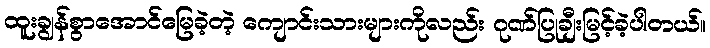
ထူးချွန်စွာအောင်မြေခဲ့တဲ့ ကျောင်းသားများကိုလည်း ဂုဏ်ပြုချီးမြင့်ခဲ့ပါတယ်။